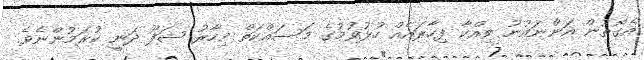
އެގޮތުން އަންނައުނު ވިއްކާ ފިހާރައެއް ހުޅުވުމުގެ މަސައްކަތް މިހާރު ޝަފޫ ދަނީ ކުރަމުންނެވެ.